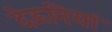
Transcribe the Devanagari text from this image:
देऊनियां